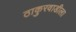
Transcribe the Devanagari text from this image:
ठाकुरवाडीला